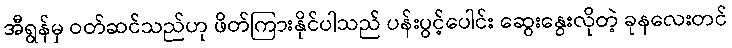
အီရွန်မှ ဝတ်ဆင်သည်ဟု ဖိတ်ကြားနိုင်ပါသည် ပန်းပွင့်ပေါင်း ဆွေးနွေးလိုတဲ့ ခုနလေးတင်